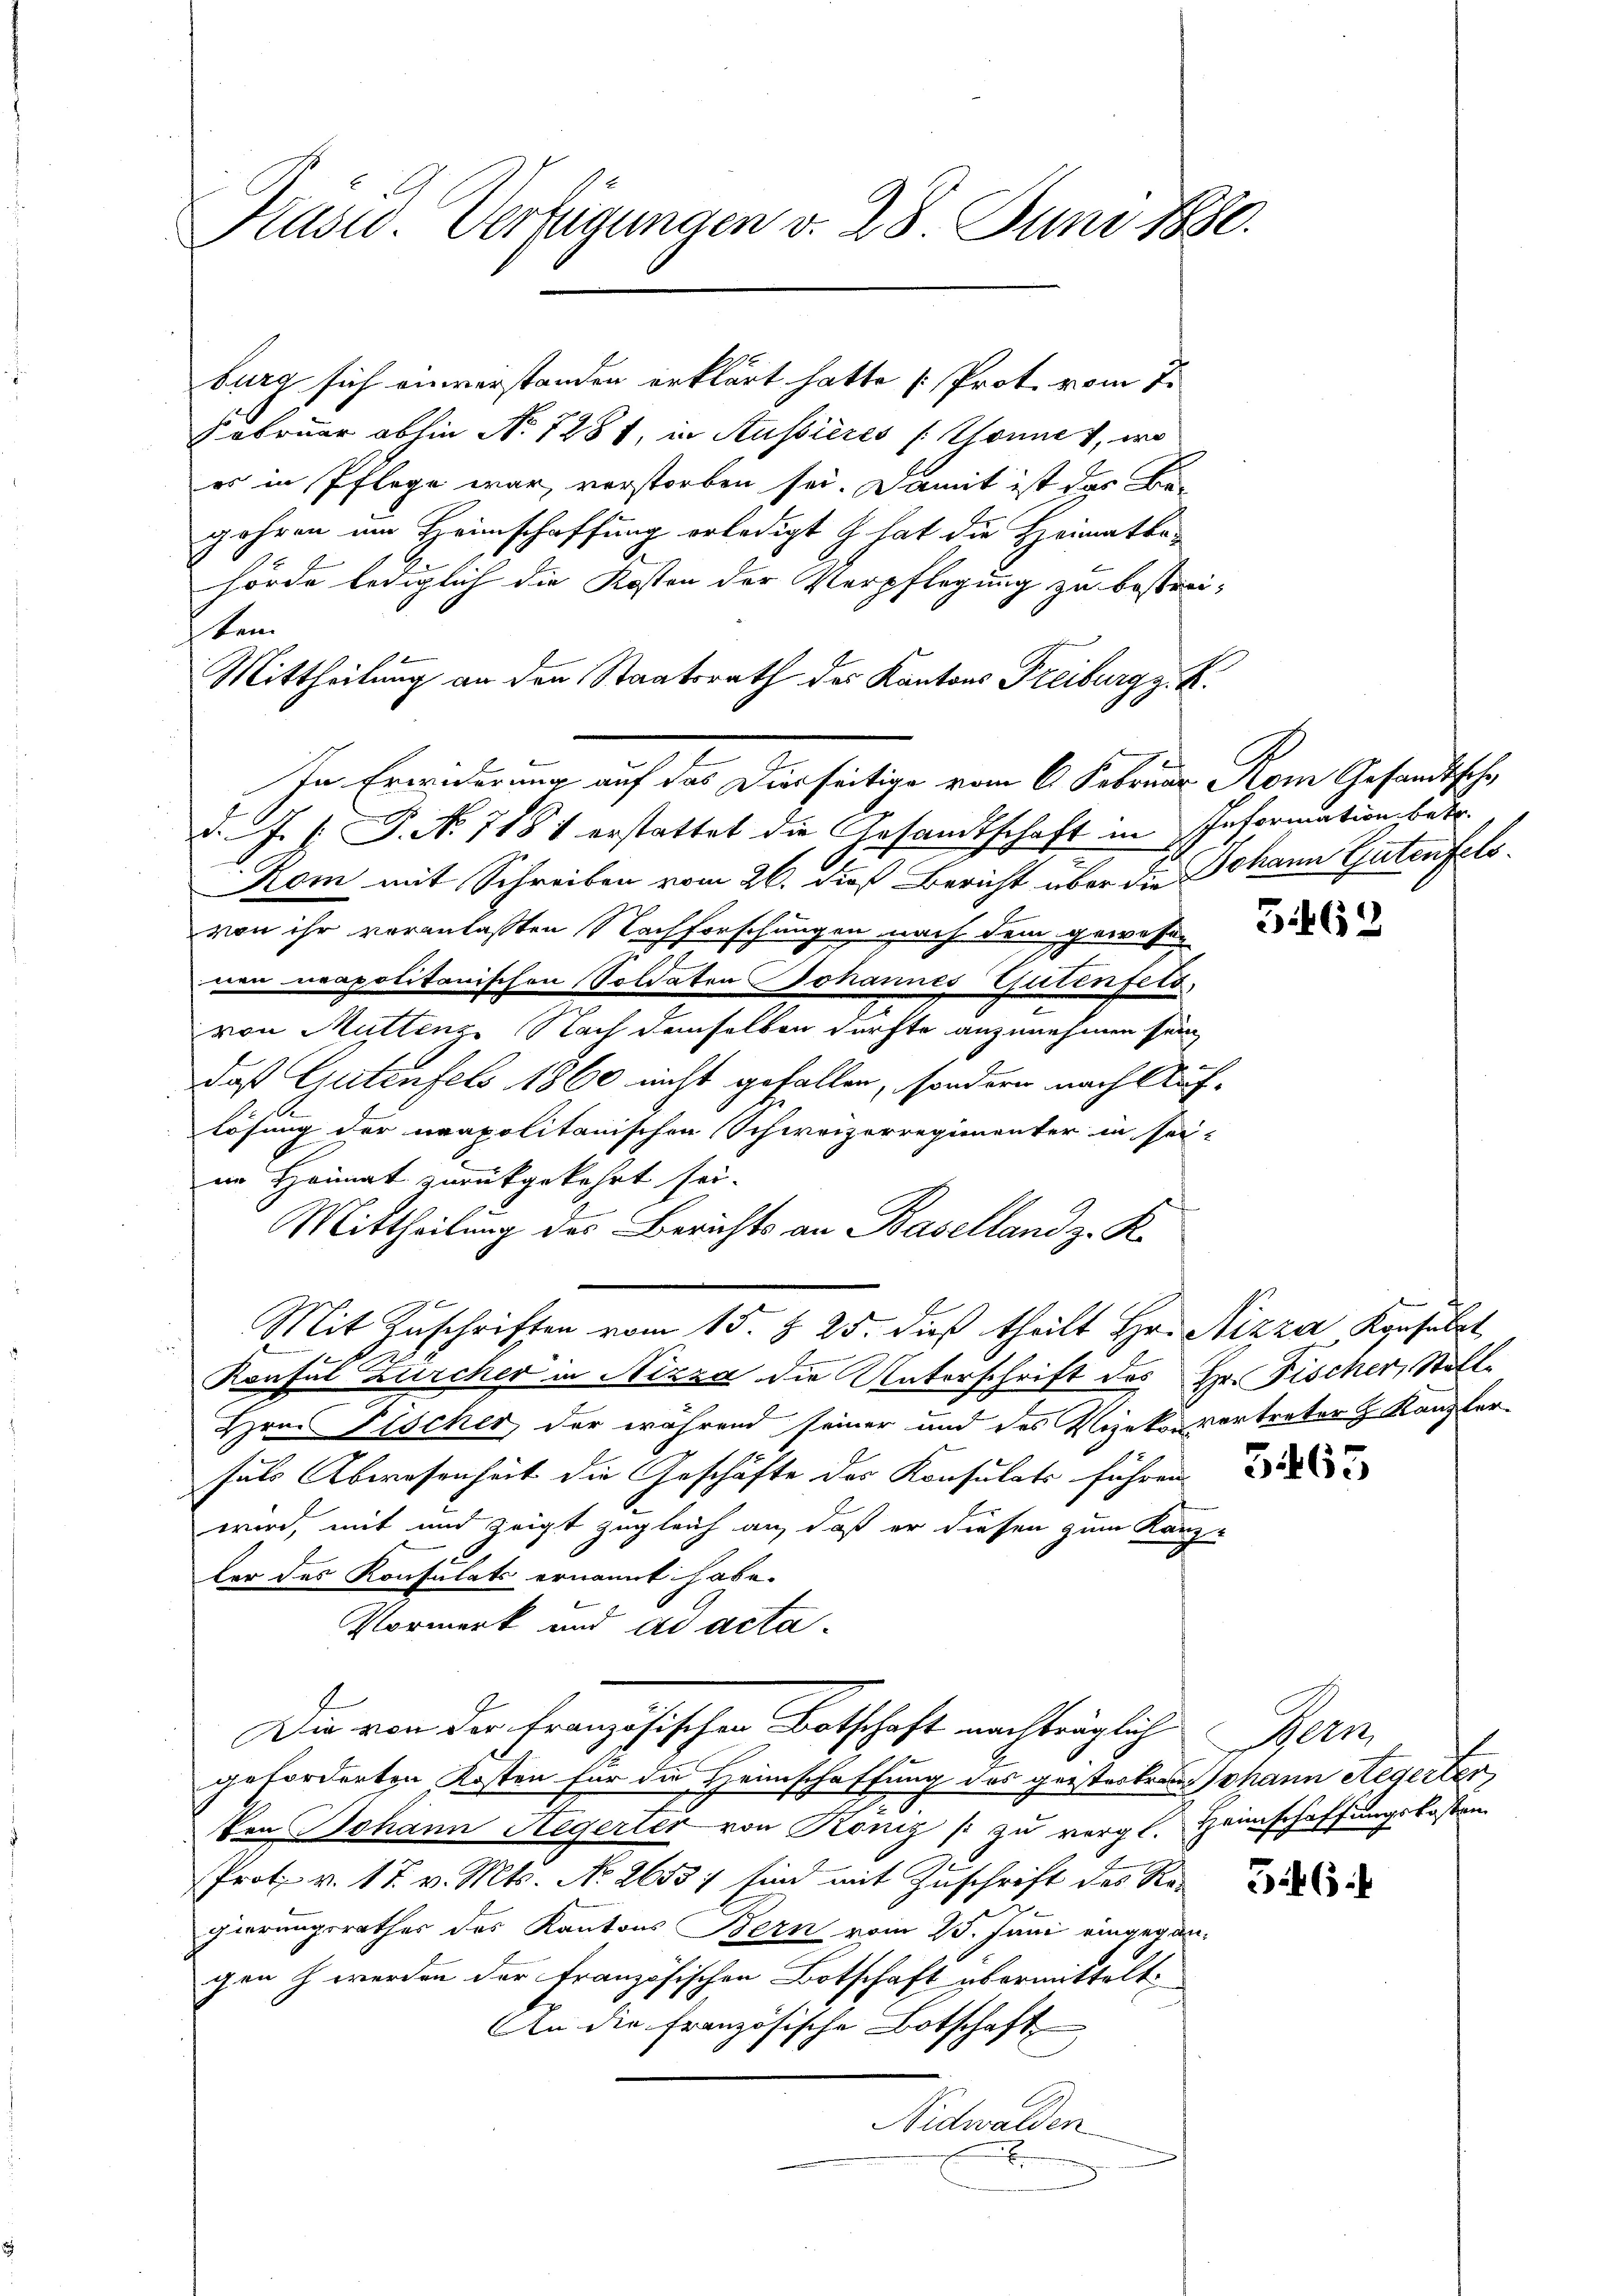
Kuswo. Verfügungen v. 28. Juni 1880.

ten

burg sich einverstanden erklärt hatte [Prot. vom 7.
Februar abhin No 1281, in Aussieres (Thonnes, wo
es in Pflege war, verstorben sei. Damit ist das Begehren um Heimschaffung erledigt z. hat die Heimatka-
hörde lediglich die Kosten der Verpflegung zu bestrei¬
Mittheilung an den Staatsrath des Kantons Freiburg z. R.
In Erwiderung auf das Dierseitige vom 6. Februar Rom Gesandtsche
d. J. J. P. No 718 1 erstattet die Gesandtschaft in Information betr.
Kom mit Schreiben vom 26. dieß Bericht über die Johann Gutenfelsvon ihr veranlaßten Nachforschungen nach dem gewesen
nen neapolitanischen Soldaten Johannes Gutenfets,
von Muttenz Nach demselben dürfte anzunehmen sein
daß Gutenfels 1860 nicht gefallen, sondern nach Auf-
lösung der neapolitanischen Schweizerregimenter in seiim Heimat zurückgekehrt sei.
Mittheilung des Berichts an Baselland z. K.
Mit Zuschriften vom 15. §. 25. dieß theilt Hr. Nizza Konsult
l
Konsul Zürcher in Nizza die Unterschrift des Hr. Fischer, Stoll
Hrn. Plöcher, der während seiner und des Vizekonvertreter & Kanzlerfals Abwesenheit die Geschäfte des Konsulats führen
wird, mit und zeigt zugleich an, daß er diesen zum Kanz-
e
ber das Konsulats ernannt habe.
Vormerk und ad acta
Die von der Französischen Botschaft nachträglich Bern
geforderten Kosten für die Heimschaffung des geistes Johann Aegerter
Von Johann Hegerter von Roniz /: zu vergl. Heimschaffungskosten.
Prote v. 17. v. Mts. No. 2653; sind mit Zuschrift des Regierungsrathes des Kantons Bern vom 25. Juni eingegangen h werden der französischen Botschaft übermittelt.
An die französische Botschaft
Nidwalden